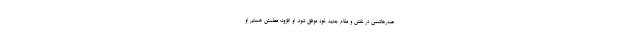
صدرهاشمی در نقش و مقام جدید خود موفق شود. او افزود: مطمئن هستم او